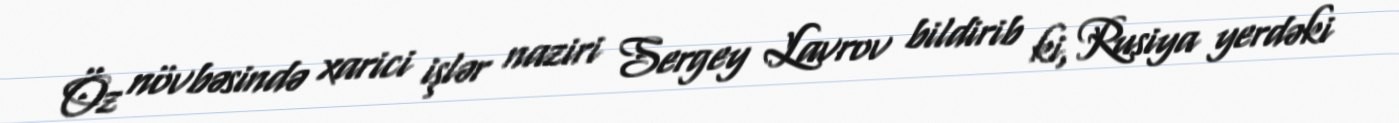
Öz növbəsində xarici işlər naziri Sergey Lavrov bildirib ki, Rusiya yerdəki